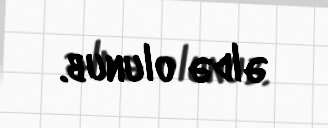
əldə olunub.